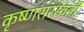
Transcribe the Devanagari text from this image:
कृष्णसरस्वती